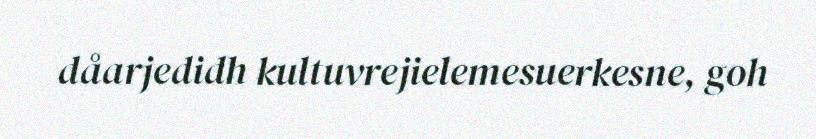
dåarjedidh kultuvrejielemesuerkesne, goh